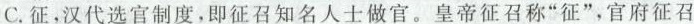
C.征，汉代选官制度，即征召知名人士做官。皇帝征召称“征”，官府征召